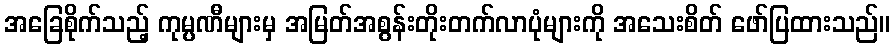
အခြေစိုက်သည့် ကုမ္ပဏီများမှ အမြတ်အစွန်းတိုးတက်လာပုံများကို အသေးစိတ် ဖော်ပြထားသည်။